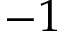
- 1